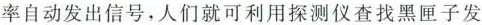
率自动发出信号，人们就可利用探测仪查找黑匣子发